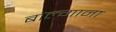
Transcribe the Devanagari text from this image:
बोल्गाना